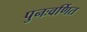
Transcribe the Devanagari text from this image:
पुनःवर्णित